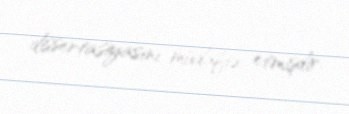
dissertasiyasını müdafiə etmişdir.